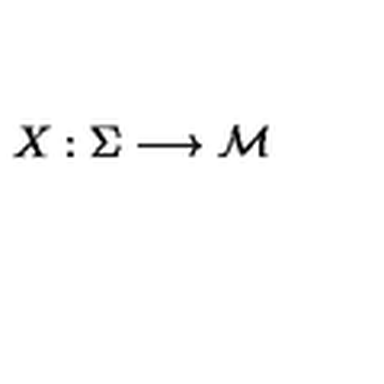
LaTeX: X : \Sigma \longrightarrow { \cal M }